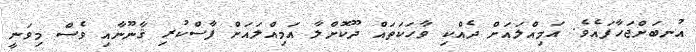
އުނބަށްޖަހާފައެވެ. އަމިއްލައަށް ދެއްކި ވާހަކަތައް ދޫކޮށްލާ އަމިއްލައަށް ފާސްކުރި ޤާނޫނާއި ވެސް މިވަނީ